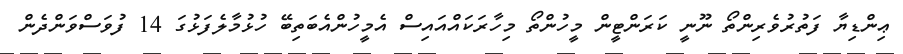
ޢިންޑިޔާ ފަތުރުވެރިންތޯ ނޫނީ ކަރަންޓީން މީހުންތޯ މިހާރަކައްއައިސް އެމީހުންއެބަތިބޭ ހުޅުމާލެފަޅުގަ 14 ފުވަސްވަންދެން